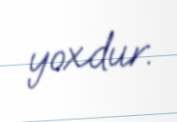
yoxdur.